Leaving Certificate, 1901
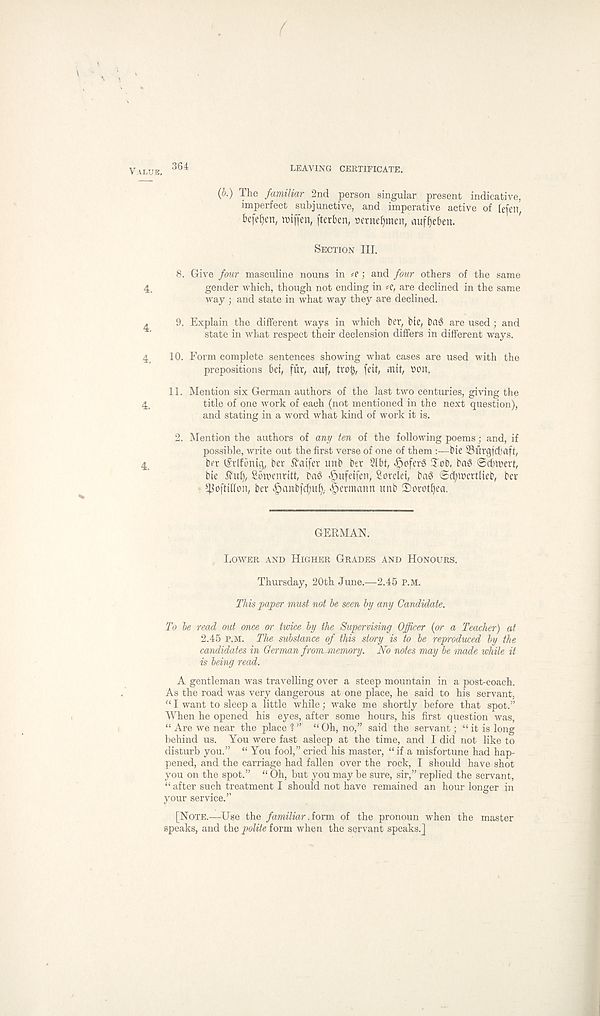
364
LEAVING CERTIFICATE.
(b.) The familiar 2nd person singular present indicative,
imperfect subjunctive, and imperative active of (efen,
befefjen, ttiffen, fterben, t»ernef)men, auf^eben.
Section III.
8. Give four masculine nouns in ; and four others of the same
gender which, though not ending in *e, are declined in the same
way ; and state in what way they are declined.
9. Explain the different ways in which t>ev, bie, bag are used; and
state in what respect their declension differs in different ways.
10. Form complete sentences showing what cases are used with the
prepositions bet, fur, auf, tvofj, fetf, mit, »on.
11. Mention six German authors of the last two centuries, giving the
title of one work of each (not mentioned in the next question),
and stating in a word what kind of work it is.
2. Mention the authors of any ten of the following poems; and, if
possible, write out the first verse of one of thembie ^Burgl' d' aft,
ber lltlfonig, ber ib' aifet unb bet 2lbt, ^oferg Job, bag ©cbtoert,
bie tfuf), Sbtoenritt, bag Jpufeifen, Sorelet, bag SdjioertUeb, bet
s 4$oftillon, ber ^anbfc^iuf),. Hermann unb jotoffjea.
GERMAN.
Lower and Higher Grades and Honours.
Thursday, 20th June.—2.45 p.m.
This paper must not be seen by any Candidate.
To be read out once or twice by the Supervising Officer (or a Teacher) at
2.45 p.m. The substance of this story is to be reproduced by the
candidates in German from memory. No notes may be made while it
is being read.
A gentleman was travelling over a steep mountain in a post-coach.
As the road was very dangerous at one place, he said to his servant,
“ I want to sleep a little while : wake me shortly before that spot.”
When he opened his eyes, after some hours, his first question was,
“ Are we near the place 1 ” “ Oh, no,” said the servant; “ it is long
behind us. You were fast asleep at the time, and I did not like to
disturb you.” “ You fool,” cried his master, “if a misfortune had hap-
pened, and the carriage had fallen over the rock, I should have shot
you on the spot.” “ Oh, but you may be sure, sir,” replied the servant,
“ after such treatment I should not have remained an hour longer in
your service.”
[Note.—Use the familiar .iovm of the pronoun when the master
speaks, and the polite form when the servant speaks.]